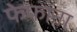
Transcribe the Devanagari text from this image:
फेफाना